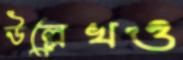
উল্লেখও